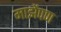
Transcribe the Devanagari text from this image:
माझेंपण